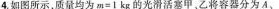
4.如图所示，质量均为$$m = 1 k g$$的光滑活塞甲。乙将容器分为A、